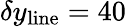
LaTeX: \delta y_{\mathrm{line}}=40